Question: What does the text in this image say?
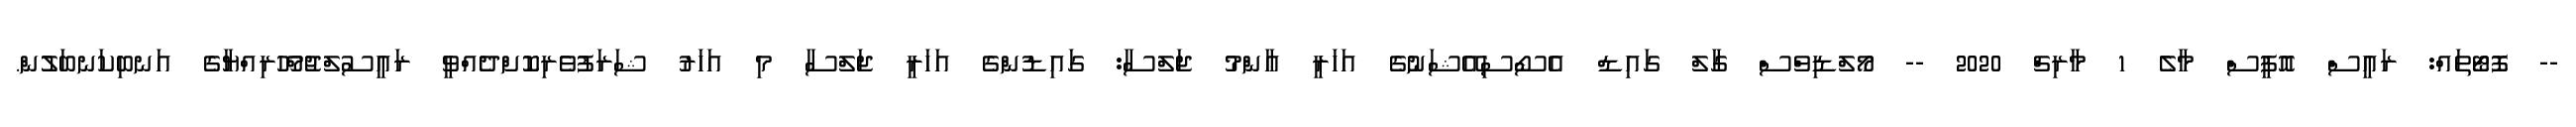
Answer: -- ފޮޓޯތައް: ރައީސް އޮފީސް މާލެ 1 މާރިޗް 2020 -- މޯލްޑިވްސް ގާލް ގައިޑް އެސޯސިއޭޝަނުގެ އަހަރީ ޢާންމު ޖަލްސާ: ގައިޑުންގެ އަހަރީ ޖަލްސާ މި އަހަރު ޝަރަފުވެރިކޮށްދެއްވީ ރައީސުލްޖުމްހޫރިއްޔާގެ އަނބިކަނބަލުން.